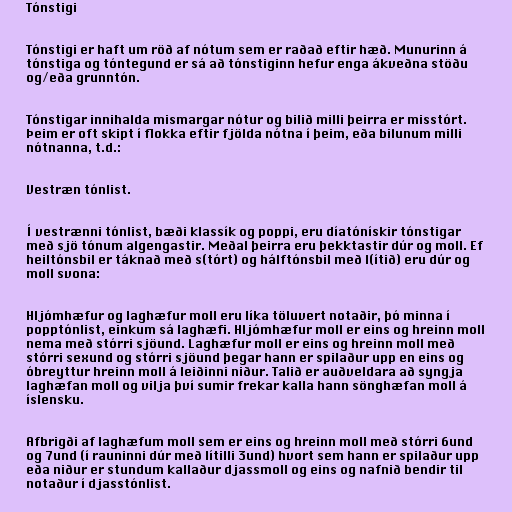
Tónstigi

Tónstigi er haft um röð af nótum sem er raðað eftir hæð. Munurinn á
tónstiga og tóntegund er sá að tónstiginn hefur enga ákveðna stöðu
og/eða grunntón.

Tónstigar innihalda mismargar nótur og bilið milli þeirra er misstórt.
Þeim er oft skipt í flokka eftir fjölda nótna í þeim, eða bilunum milli
nótnanna, t.d.:

Vestræn tónlist.

Í vestrænni tónlist, bæði klassík og poppi, eru díatónískir tónstigar
með sjö tónum algengastir. Meðal þeirra eru þekktastir dúr og moll. Ef
heiltónsbil er táknað með s(tórt) og hálftónsbil með l(ítið) eru dúr og
moll svona:

Hljómhæfur og laghæfur moll eru líka töluvert notaðir, þó minna í
popptónlist, einkum sá laghæfi. Hljómhæfur moll er eins og hreinn moll
nema með stórri sjöund. Laghæfur moll er eins og hreinn moll með
stórri sexund og stórri sjöund þegar hann er spilaður upp en eins og
óbreyttur hreinn moll á leiðinni niður. Talið er auðveldara að syngja
laghæfan moll og vilja því sumir frekar kalla hann sönghæfan moll á
íslensku.

Afbrigði af laghæfum moll sem er eins og hreinn moll með stórri 6und
og 7und (í rauninni dúr með lítilli 3und) hvort sem hann er spilaður upp
eða niður er stundum kallaður djassmoll og eins og nafnið bendir til
notaður í djasstónlist.